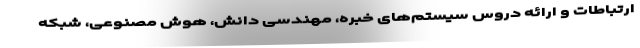
ارتباطات و ارائه دروس سیستم‌های خبره، مهندسی دانش، هوش مصنوعی، شبکه